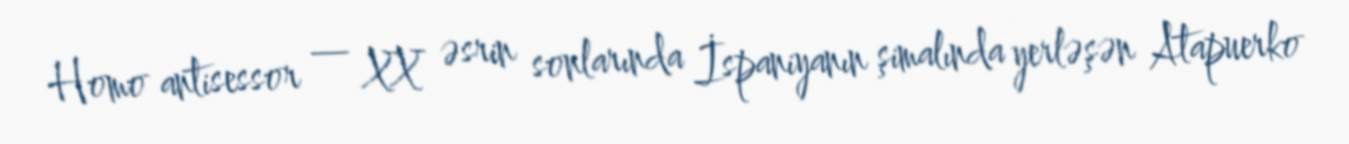
Homo antisessor — XX əsrin sonlarında İspaniyanın şimalında yerləşən Atapuerko